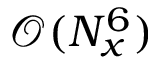
\mathcal { O } ( N _ { x } ^ { 6 } )